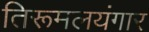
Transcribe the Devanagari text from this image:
तिरूमलयंगार